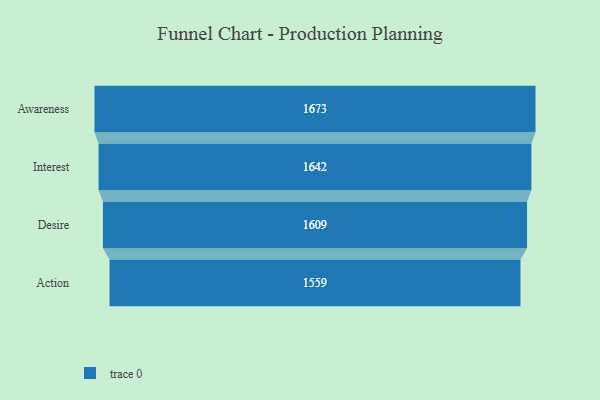
{"axis": {"x": "Stage", "y": "Value"}, "legend": [""], "data": [{"x": "Awareness", "y": 1673.0, "type": ""}, {"x": "Interest", "y": 1642.0, "type": ""}, {"x": "Desire", "y": 1609.0, "type": ""}, {"x": "Action", "y": 1559.0, "type": ""}]}